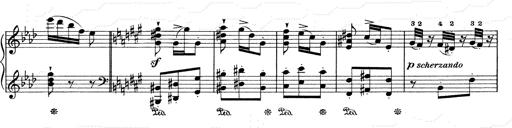
Title: Mephisto Waltz No.1
Composer: Franz Liszt